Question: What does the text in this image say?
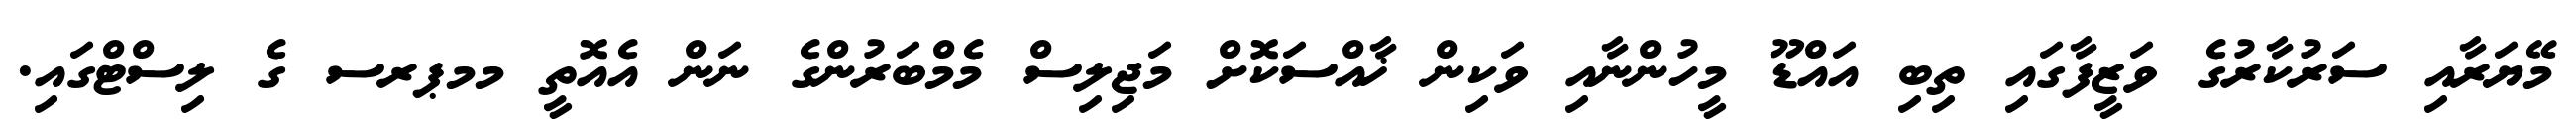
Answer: މޭޔަރާއި ސަރުކާރުގެ ވަޒީފާގައި ތިބި އައްޑޫ މީހުންނާއި ވަކިން ޚާއްސަކޮށް މަޖިލިސް މެމްބަރުންގެ ނަން އެއޮތީ މމޕރސ ގެ ލިސްޓްގައި.